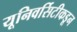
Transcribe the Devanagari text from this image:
यूनिवर्सिटीकडून